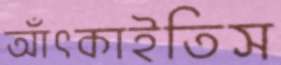
আঁৎকাইতিস